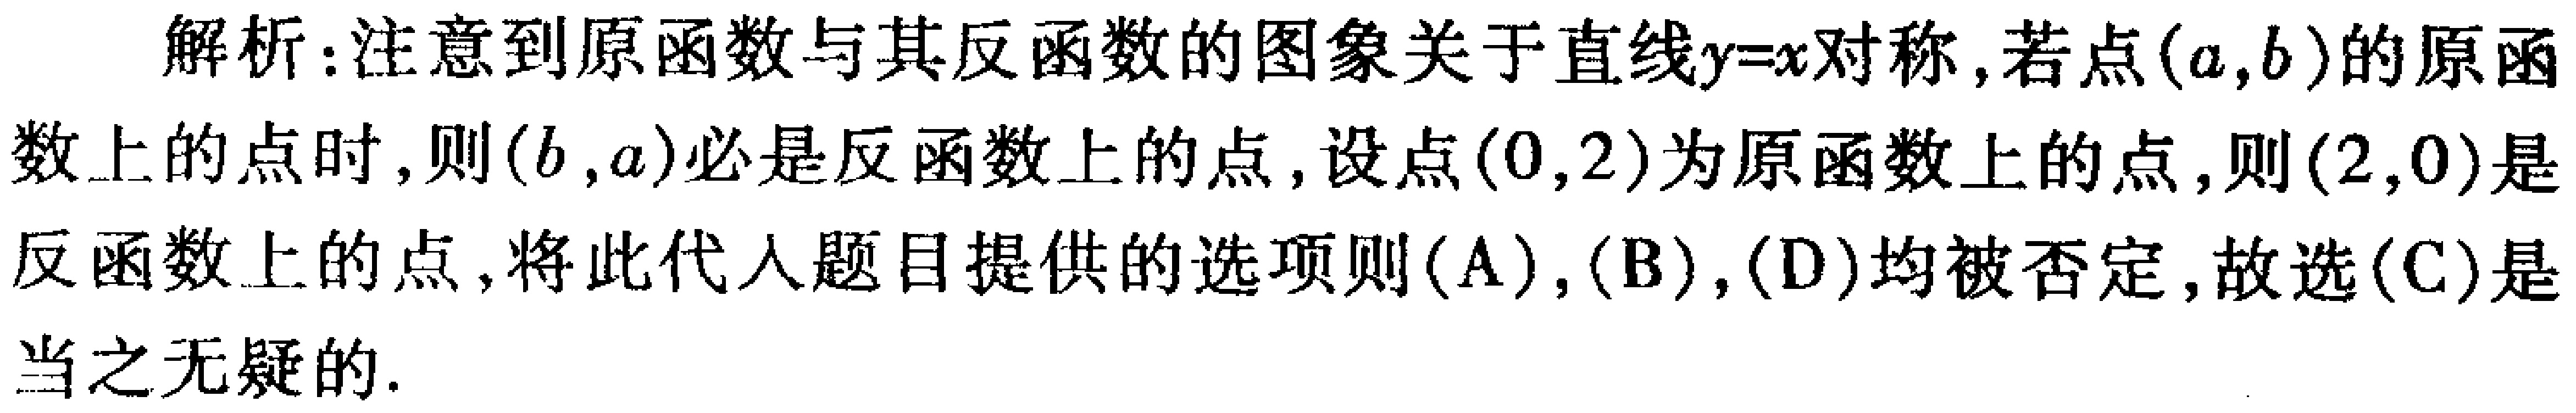
解析：注意到原函数与其反函数的图象关于直线\(y = x\)对称，若点\((a,b)\)是原函数上的点时，则\((b,a)\)必是反函数上的点，设点\((0,2)\)为原函数上的点，则\((2,0)\)是反函数上的点，将此代入题目提供的选项则\((A)\)，\((B)\)，\((D)\)均被否定，故选\((C)\)是当之无疑的.